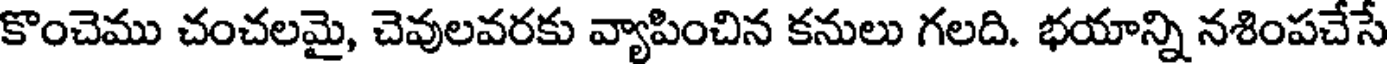
కొంచెము చంచలమై, చెవులవరకు వ్యాపించిన కనులు గలది. భయాన్ని నశింపచేసే